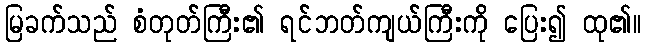
မြခက်သည် စံတုတ်ကြီး၏ ရင်ဘတ်ကျယ်ကြီးကို ပြေး၍ ထု၏။